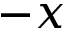
- x